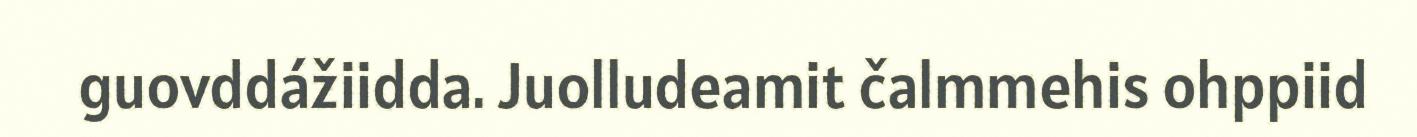
guovddážiidda. Juolludeamit čalmmehis ohppiid